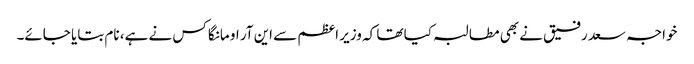
خواجہ سعد رفیق نے بھی مطالبہ کیا تھا کہ وزیر اعظم سے این آر او مانگا کس نے ہے، نام بتایا جائے۔